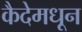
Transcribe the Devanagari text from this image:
कैदेमधून